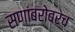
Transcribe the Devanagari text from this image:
सणांबरोबरच